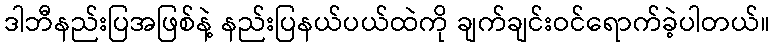
ဒါဘီနည်းပြအဖြစ်နဲ့ နည်းပြနယ်ပယ်ထဲကို ချက်ချင်းဝင်ရောက်ခဲ့ပါတယ်။